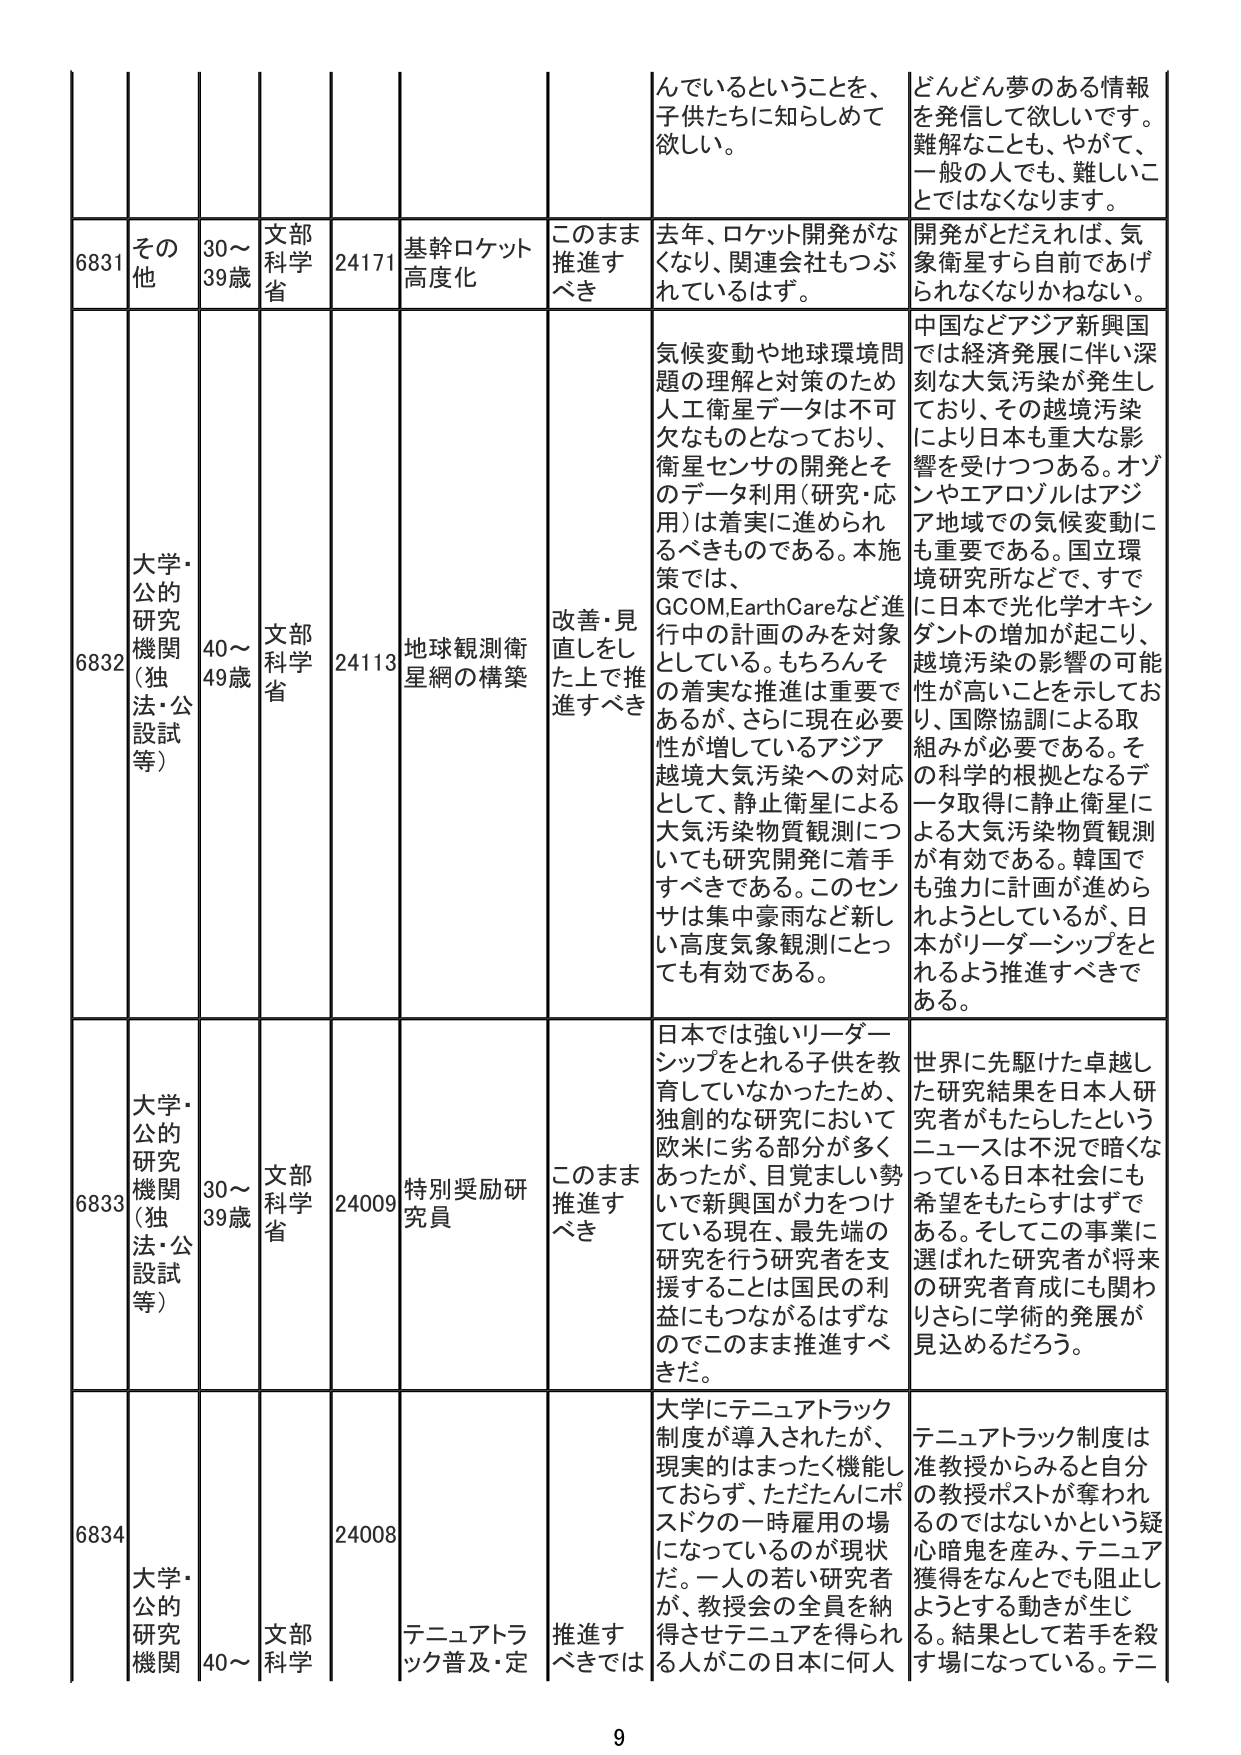
6831 その他 30〜39歳 文部科学省 24171 基幹ロケット高度化 このまま推進すべき 去年、ロケット開発がなくなり、関連会社もつぶれているはず。 どんどん夢のある情報を発信して欲しいです。難解なことも、やがて、一般の人でも、難しいことではなくなります。 開発がとだえれば、気象衛星すら自前であげられなくなりかねない。

6832 大学・公的研究機関（独法・公設試等） 40〜49歳 文部科学省 24113 地球観測衛星網の構築 改善・見直しをした上で推進すべき 気候変動や地球環境問題の理解と対策のため人工衛星データは不可欠なものとなっており、衛星センサの開発とそのデータ利用（研究・応用）は着実に進められるべきものである。本施策では、GCOM,EarthCareなど進行中の計画のみを対象としている。もちろんその着実な推進は重要であるが、さらに現在必要性が増しているアジア越境大気汚染への対応として、静止衛星による大気汚染物質観測についても研究開発に着手すべきである。このセンサは集中豪雨など新しい高度気象観測にとっても有効である。 中国などアジア新興国では経済発展に伴い深刻な大気汚染が発生しており、その越境汚染により日本も重大な影響を受けつつある。オゾンやエアロゾルはアジア地域での気候変動にも重要である。国立環境研究所などで、すでに日本で光化学オキシダントの増加が起こり、越境汚染の影響の可能性が高いことを示しており、国際協調による取組みが必要である。その科学的根拠となるデータ取得に静止衛星による大気汚染物質観測が有効である。韓国でも強力に計画が進められようとしているが、日本がリーダーシップをとれるよう推進すべきである。

6833 大学・公的研究機関（独法・公設試等） 30〜39歳 文部科学省 24009 特別奨励研究員 このまま推進すべき 日本では強いリーダーシップをとれる子供を教育していなかったため、独創的な研究において欧米に劣る部分が多くあったが、目覚ましい勢いで新興国が力をつけている現在、最先端の研究を行う研究者を支援することは国民の利益にもつながるはずなのでこのまま推進すべきだ。 世界に先駆けた卓越した研究結果を日本人研究者がもたらしたというニュースは不足で暗くなっている日本社会にも希望をもたらすはずである。そしてこの事業に選ばれた研究者が将来の研究者育成にも関わりさらに学術の発展が見込めるだろう。

6834 大学・公的研究機関 40〜 文部科学 24008 テニュアトラック普及・定 推進すべきでは 大学にテニュアトラック制度が導入されたが、現実的はまったく機能しておらず、ただだんにポスドクの一時雇用の場になっているのが現状だ。一人の若い研究者が、教授会の全員を納得させテニュアを得られる人がこの日本に何人 テニュアトラック制度は准教授からみると自分の教授ポストが奪われるのではないかという疑心暗鬼を産み、テニュア獲得をなんとしても阻止しようとする動きが生じる。結果として若手を殺す場になっている。テニ

9